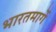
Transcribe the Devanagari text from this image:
भारतमार्गे